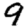
Digit: 9